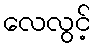
လေလွင့်